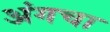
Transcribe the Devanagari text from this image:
अंगचा